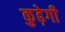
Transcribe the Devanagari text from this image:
कुढ़ेगी